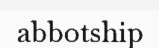
abbotship